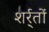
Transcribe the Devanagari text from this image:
शर्र्तों